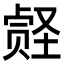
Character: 𪠀